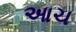
આચ